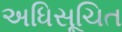
અધિસૂચિત